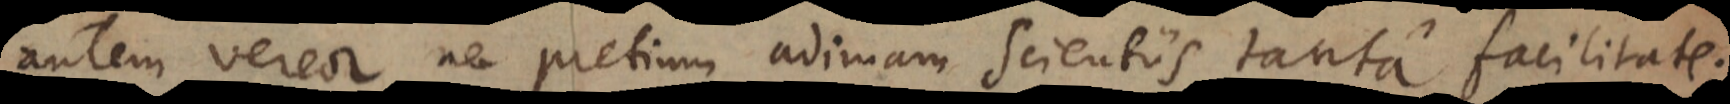
autem vereor ne pretium adimam Scientiis tanta facilitate;